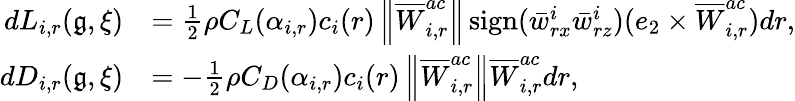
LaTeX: \begin{array}{rl}{dL_{i,r}(\mathfrak{g},\xi)}&{=\frac{1}{2}\rho C_{L}(\alpha_{i,r})c_{i}(r)\left\| \overline{{W}}_{i,r}^{ac}\right\| \operatorname{sign}(\bar{w}_{rx}^{i}\bar{w}_{rz}^{i})(e_{2}\times\overline{{W}}_{i,r}^{ac})dr,}\\ {dD_{i,r}(\mathfrak{g},\xi)}&{=-\frac{1}{2}\rho C_{D}(\alpha_{i,r})c_{i}(r)\left\| \overline{{W}}_{i,r}^{ac}\right\| \overline{{W}}_{i,r}^{ac}dr,}\end{array}